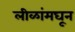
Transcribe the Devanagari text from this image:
लीळांमघून